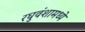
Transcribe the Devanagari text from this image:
रघुवंशामध्ये